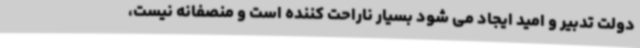
دولت تدبیر و امید ایجاد می شود بسیار ناراحت کننده است و منصفانه نیست،